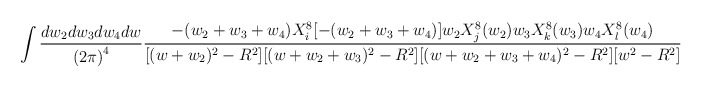
\begin{align*}\int \frac{dw_2 dw_3 dw_4 dw}{{(2\pi)}^4} \frac{-(w_2+w_3+w_4) X_i^8[-(w_2+w_3+w_4)]w_2 X_j^8(w_2) w_3 X_k^8(w_3) w_4 X_l^8(w_4)}{ [(w+w_2)^2-R^2][(w+w_2+w_3)^2-R^2][(w+w_2+w_3+w_4)^2-R^2][w^2-R^2]}\end{align*}